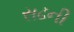
સઢની